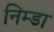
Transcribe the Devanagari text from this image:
निम्डा